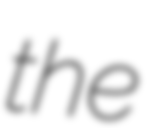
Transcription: the